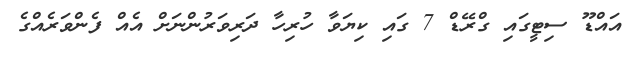
އައްޑޫ ސިޓީގައި ގްރޭޑް 7 ގައި ކިޔަވާ ހުރިހާ ދަރިވަރުންނަށް އެއް ފެންވަރެއްގެ